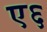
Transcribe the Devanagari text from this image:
ए६